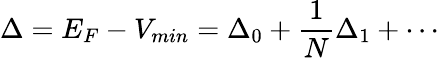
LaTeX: \Delta=E_{F}-V_{min}=\Delta_{0}+\frac{1}{N}\Delta_{1}+\cdots